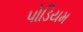
પોડિયમ